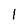
Character: 1